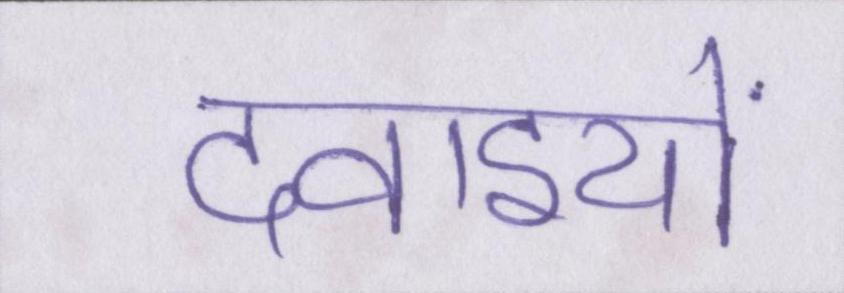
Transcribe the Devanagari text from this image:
दवाइयों